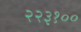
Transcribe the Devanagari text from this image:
२२३१००